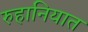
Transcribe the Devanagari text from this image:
रुहानियात